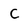
Character: C